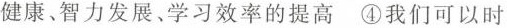
健康、智力发展、学习效率的提高④我们可以时